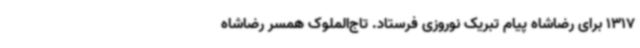
1317 برای رضاشاه پیام تبریک نوروزی فرستاد. تاج‌الملوک همسر رضاشاه